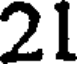
21